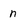
Character: n